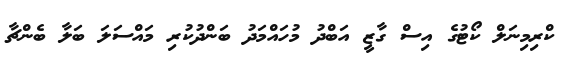
ކްރިމިނަލް ކޯޓުގެ އިސް ގާޒީ އަބްދު މުހައްމަދު ބަންދުކުރި މައްސަލަ ބަލާ ބެންޗާ